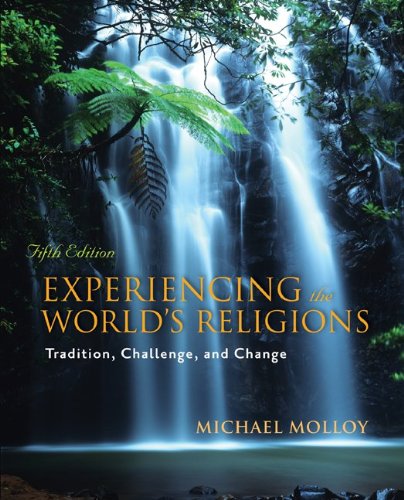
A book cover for Experiencing the World's Religions: Tradition, Challenge, and Change, 5th Edition; Michael Molloy; Religion & Spirituality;